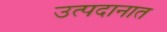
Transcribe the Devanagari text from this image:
उत्पदानात